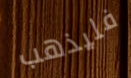
فليذهب